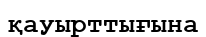
қауырттығына